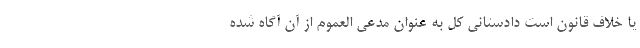
یا خلاف قانون است دادستانی کل به عنوان مدعی العموم از آن آگاه شده